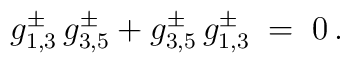
g_{1,3}^\pm\,g_{3,5}^\pm + g_{3,5}^\pm\,g_{1,3}^\pm\;=\; 0\,.